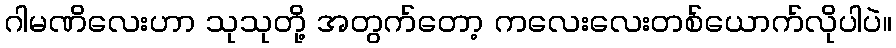
ဂါမဏိလေးဟာ သုသုတို့ အတွက်တော့ ကလေးလေးတစ်ယောက်လိုပါပဲ။